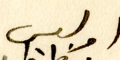
اوليس